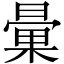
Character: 𣉰